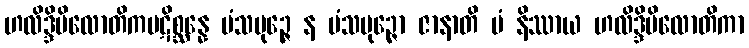
ဟလိဒ္ဒိပိလောတိကပဋိစ္ဆန္နေ မံသပုဉ္ဇေ န မံသပုဉ္ဇော ဇာနာတိ မံ နိဿာယ ဟလိဒ္ဒိပိလောတိကာ